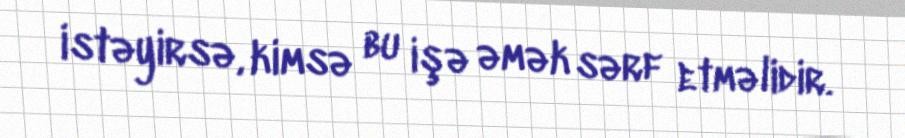
istəyirsə, kimsə bu işə əmək sərf etməlidir.